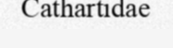
Cathartidae